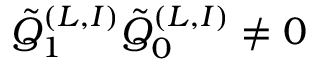
\tilde { Q } _ { 1 } ^ { ( L , I ) } \tilde { Q } _ { 0 } ^ { ( L , I ) } \neq 0 \,